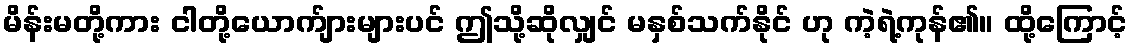
မိန်းမတို့ကား ငါတို့ယောက်ျားများပင် ဤသို့ဆိုလျှင် မနှစ်သက်နိုင် ဟု ကဲ့ရဲ့ကုန်၏။ ထို့ကြောင့်